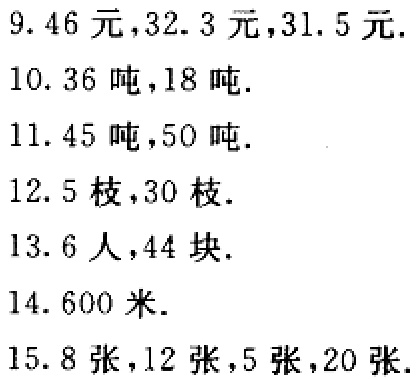
$9.46\text{ 元},32.3\text{ 元},31.5\text{ 元}.$

$10.36\text{ 吨},18\text{ 吨}.$

$11.45\text{ 吨},50\text{ 吨}.$

$12.5\text{ 枝},30\text{ 枝}.$

$13.6\text{ 人},44\text{ 块}.$

$14.600\text{ 米}.$

$15.8\text{ 张},12\text{ 张},5\text{ 张},20\text{ 张}.$